On a parasite found in the white corpuscles of the blood of dogs - Number 14
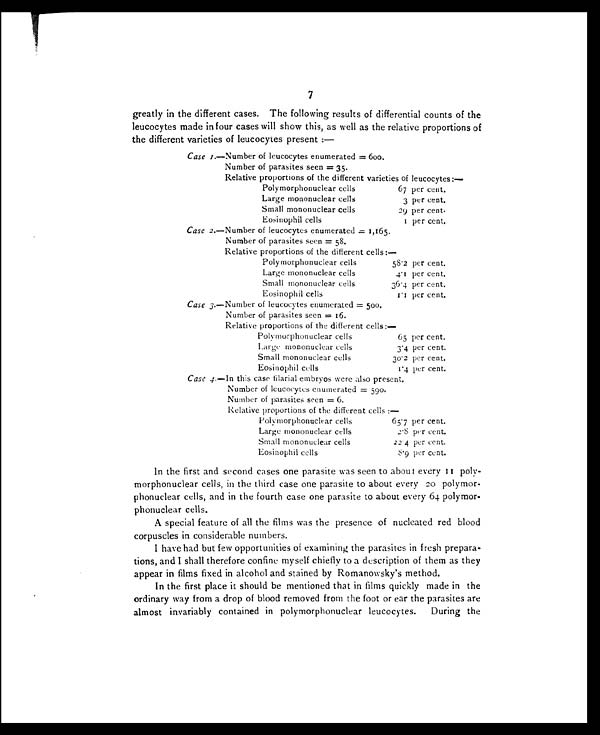
7
greatly in the different cases. The following results of differential counts of the
leucocytes made in four cases will show this, as well as the relative proportions of
the different varieties of leucocytes present :—
Case 1.—Number of leucocytes enumerated = 600.
Number of parasites seen = 35.
Relative proportions of the different varieties of leucocytes:—
Polymorphonuclear cells
67 per cent.
Large mononuclear cells
3 per cent.
Small mononuclear cells
29 per cent.
Eosinophil cells
1 per cent.
Case 2. —Number of leucocytes enumerated = 1,165.
Number of parasites seen = 58.
Relative proportions of the different cells :—
Polymorphonuclear cells
58.2 per cent.
Large mononuclear cells
4.1 per cent.
Small mononuclear cells
36.4 per cent.
Eosinophil cells
1.1 per cent.
Case 3. —Number of leucocytes enumerated = 500.
Number of parasites seen = 16.
Relative proportions of the different cells:—
Polymorphonuclear cells
65 per cent.
Large mononuclear cells
3.4 per cent.
Small mononuclear cells
30.2 per cent.
Eosinophil cells
1.4 per cent.
Case 4. —In this case filarial embryos were also present.
Number of leucocytes enumerated = 590.
Number of parasites seen = 6.
Relative proportions of the different cells :—
Polymorphonuclear cells
65.7 per cent.
Large mononuclear cells
2.8 per cent.
Small mononuclear cells
22.4 per cent.
Eosinophil cells
8.9 per cent.
In the first and second cases one parasite was seen to about every 11 poly-
morphonuclear cells, in the third case one parasite to about every 20 polymor-
phonuclear cells, and in the fourth case one parasite to about every 64 polymor-
phonuclear cells.
A special feature of all the films was the presence of nucleated red blood
corpuscles in considerable numbers.
I have had but few opportunities of examining the parasites in fresh prepara-
tions, and I shall therefore confine myself chiefly to a description of them as they
appear in films fixed in alcohol and stained by Romanowsky's method.
In the first place it should be mentioned that in films quickly made in the
ordinary way from a drop of blood removed from the foot or ear the parasites are
almost invariably contained in polymorphonuclear leucocytes. During the